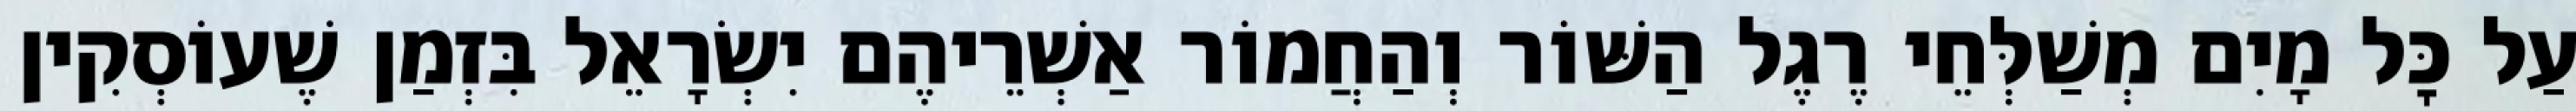
עַל כׇּל מָיִם מְשַׁלְּחֵי רֶגֶל הַשּׁוֹר וְהַחֲמוֹר אַשְׁרֵיהֶם יִשְׂרָאֵל בִּזְמַן שֶׁעוֹסְקִין